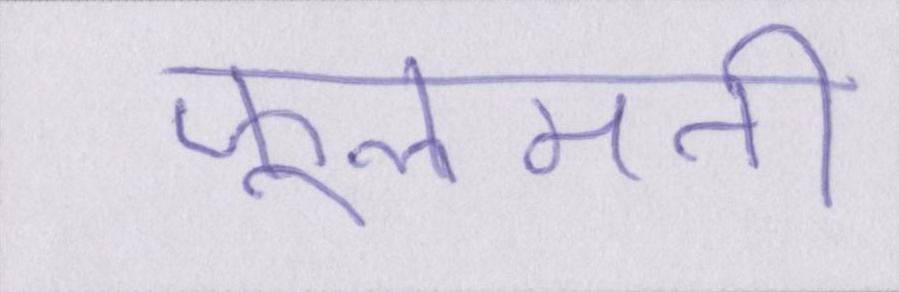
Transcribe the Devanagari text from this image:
फूलमती